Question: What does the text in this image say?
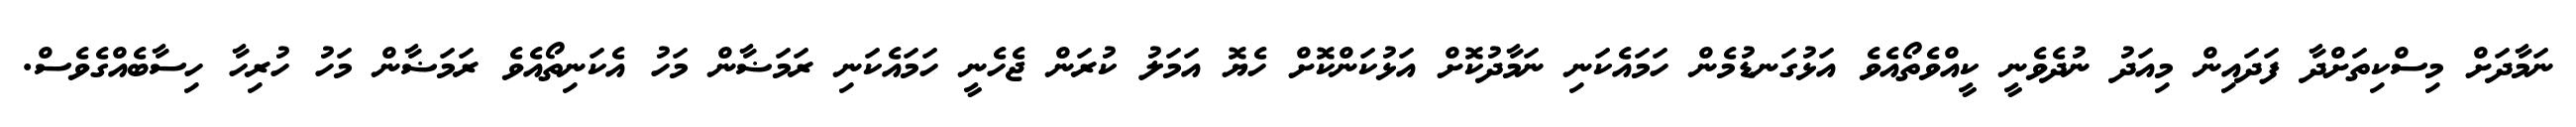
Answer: ނަމާދަށް މިސްކިތަށްދާ ފަދައިން މިއަދު ނުދެވެނީ ކީއްވެތޯއެވެ އަޅުގަނޑުމެން ހަމައެކަނި ނަމާދުކޮށް އަޅުކަންކޮށް ހެޔޮ އަމަލު ކުރަން ޖެހެނީ ހަމައެކަނި ރަމަޟާން މަހު އެކަނިތޯއެވެ ރަމަޟާން މަހު ހުރިހާ ހިސާބެއްގެވެސް.